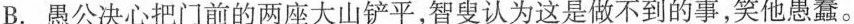
B. 愚公决心把门前的两座大山铲平，智叟认为这是做不到的事，笑他愚蠢。